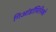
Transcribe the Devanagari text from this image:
गिआंडॉमिनिको